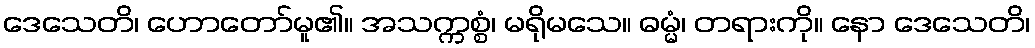
ဒေသေတိ၊ ဟောတော်မူ၏။ အသက္ကစ္စံ၊ မရိုမသေ။ ဓမ္မံ၊ တရားကို။ နော ဒေသေတိ၊